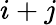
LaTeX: i+j